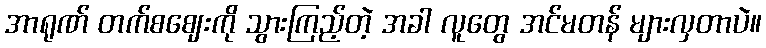
အာရုဏ် တက်စဈေးကို သွားကြည့်တဲ့ အခါ လူတွေ အင်မတန် များလှတာပဲ။